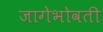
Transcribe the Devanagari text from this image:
जागेभोवती